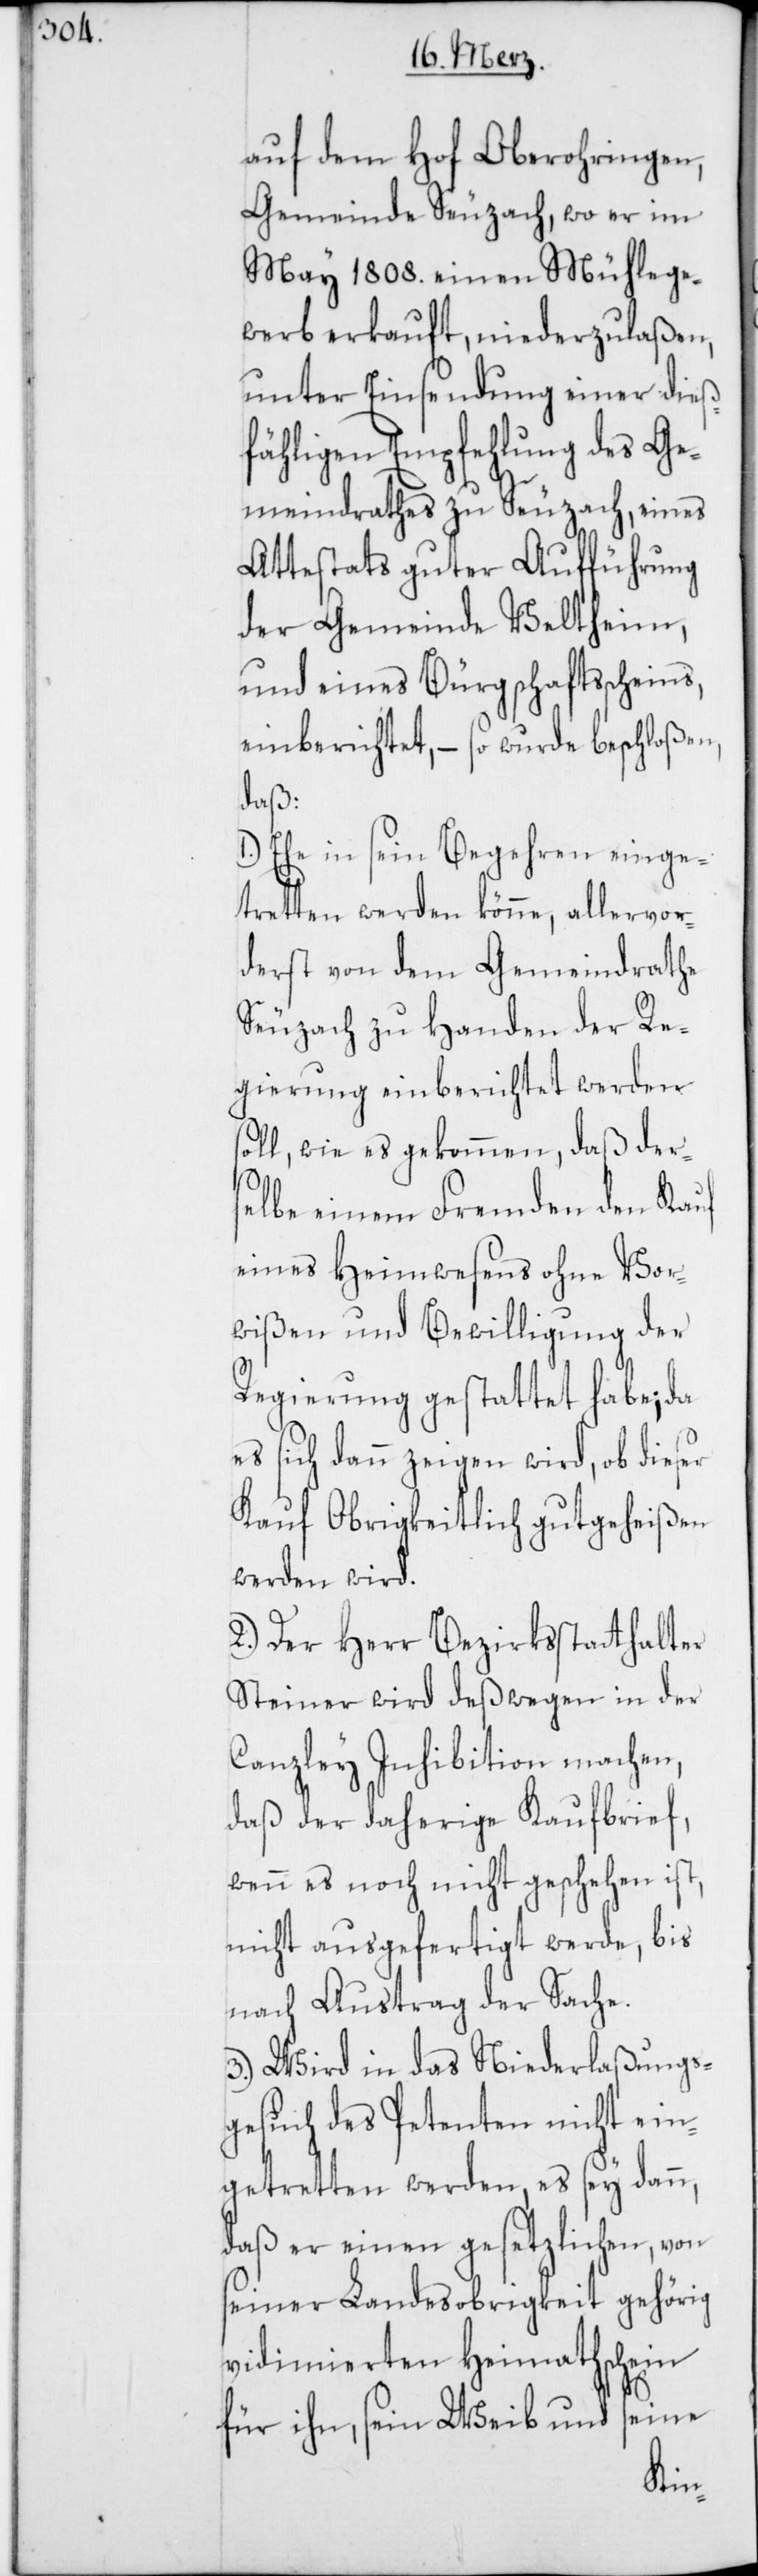
auf dem Hof Oberohringen,
Gemeinde Seuzach, wo er im
May 1808. einen Mühlege¬
werb erkauft, niederzulaßen,
unter Einsendung einer dieß¬
fälligen Empfehlung des Ge¬
meindrathes zu Seuzach, eines
Attestats guter Aufführung
der Gemeinde Veltheim,
und eines Bürgschaftsscheins,
einberichtet, – so wurde beschloßen,
daß:
1.) Ehe in sein Begehren einge¬
tretten werden könne, allervor¬
derst von dem Gemeindrathe
Seuzach zu Handen der Re¬
gierung einberichtet werden s¬
oll, wie es gekommen, daß der¬
selbe einem Fremden den Kauf
eines Heimwesens ohne Vor¬
wißen und Bewilligung der
Regierung gestattet habe; da
es sich dann zeigen wird, ob dieser
Kauf Obrigkeitlich gutgeheißen
werden wird.
2.) Der Herr Bezirksstatthalter
Steiner wird deßwegen in der
Canzley Inhibition machen,
daß der daherige Kaufbrief,
wenn es noch nicht geschehen ist,
nicht ausgefertigt werde, bis
nach Austrag der Sache.
3.) Wird in das Niederlaßungs¬
gesuch des Petenten nicht ein¬
getretten werden, es sey dann,
daß er einen gesetzlichen, von
seiner Landesobrigkeit gehörig
vidimierten Heymathschein
für ihn, sein Weib und seine